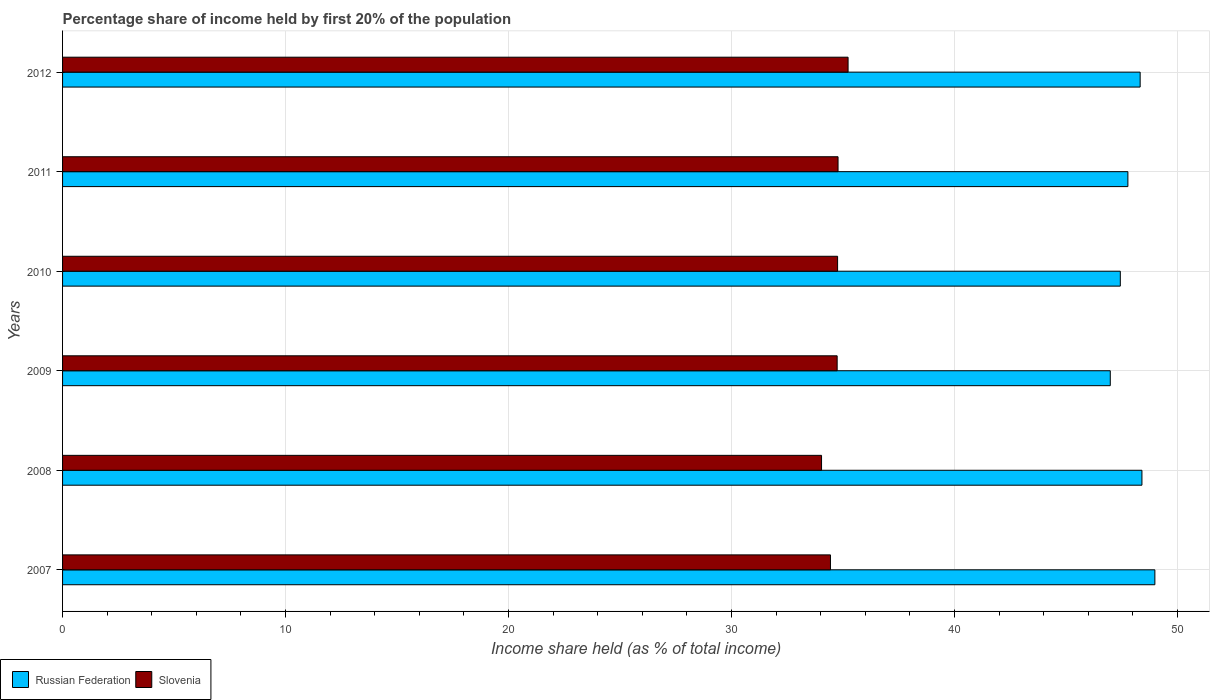
| Years | Russian Federation | Slovenia |
 | --- | --- | --- |
 | 2007 | 49 | 34.4 |
 | 2008 | 48.4 | 34 |
 | 2009 | 47 | 34.7 |
 | 2010 | 47.4 | 34.8 |
 | 2011 | 47.8 | 34.8 |
 | 2012 | 48.3 | 35.2 |